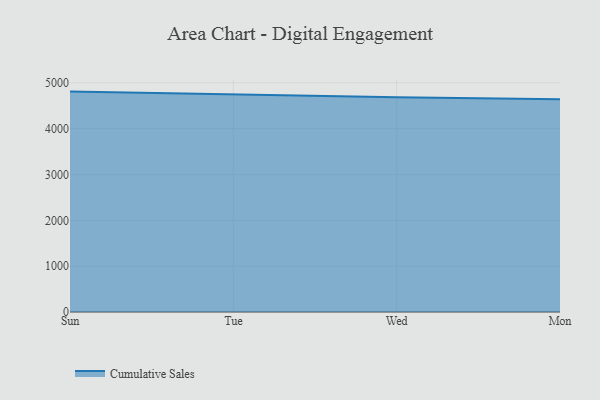
{"axis": {"x": "Day", "y": "Temperature (°C)"}, "legend": ["Cumulative Sales"], "data": [{"x": "Sun", "y": 4807.6, "type": "Cumulative Sales"}, {"x": "Tue", "y": 4746.6, "type": "Cumulative Sales"}, {"x": "Wed", "y": 4684.6, "type": "Cumulative Sales"}, {"x": "Mon", "y": 4641.3, "type": "Cumulative Sales"}]}